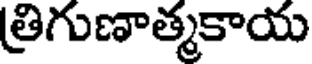
త్రిగుణాత్మకాయ